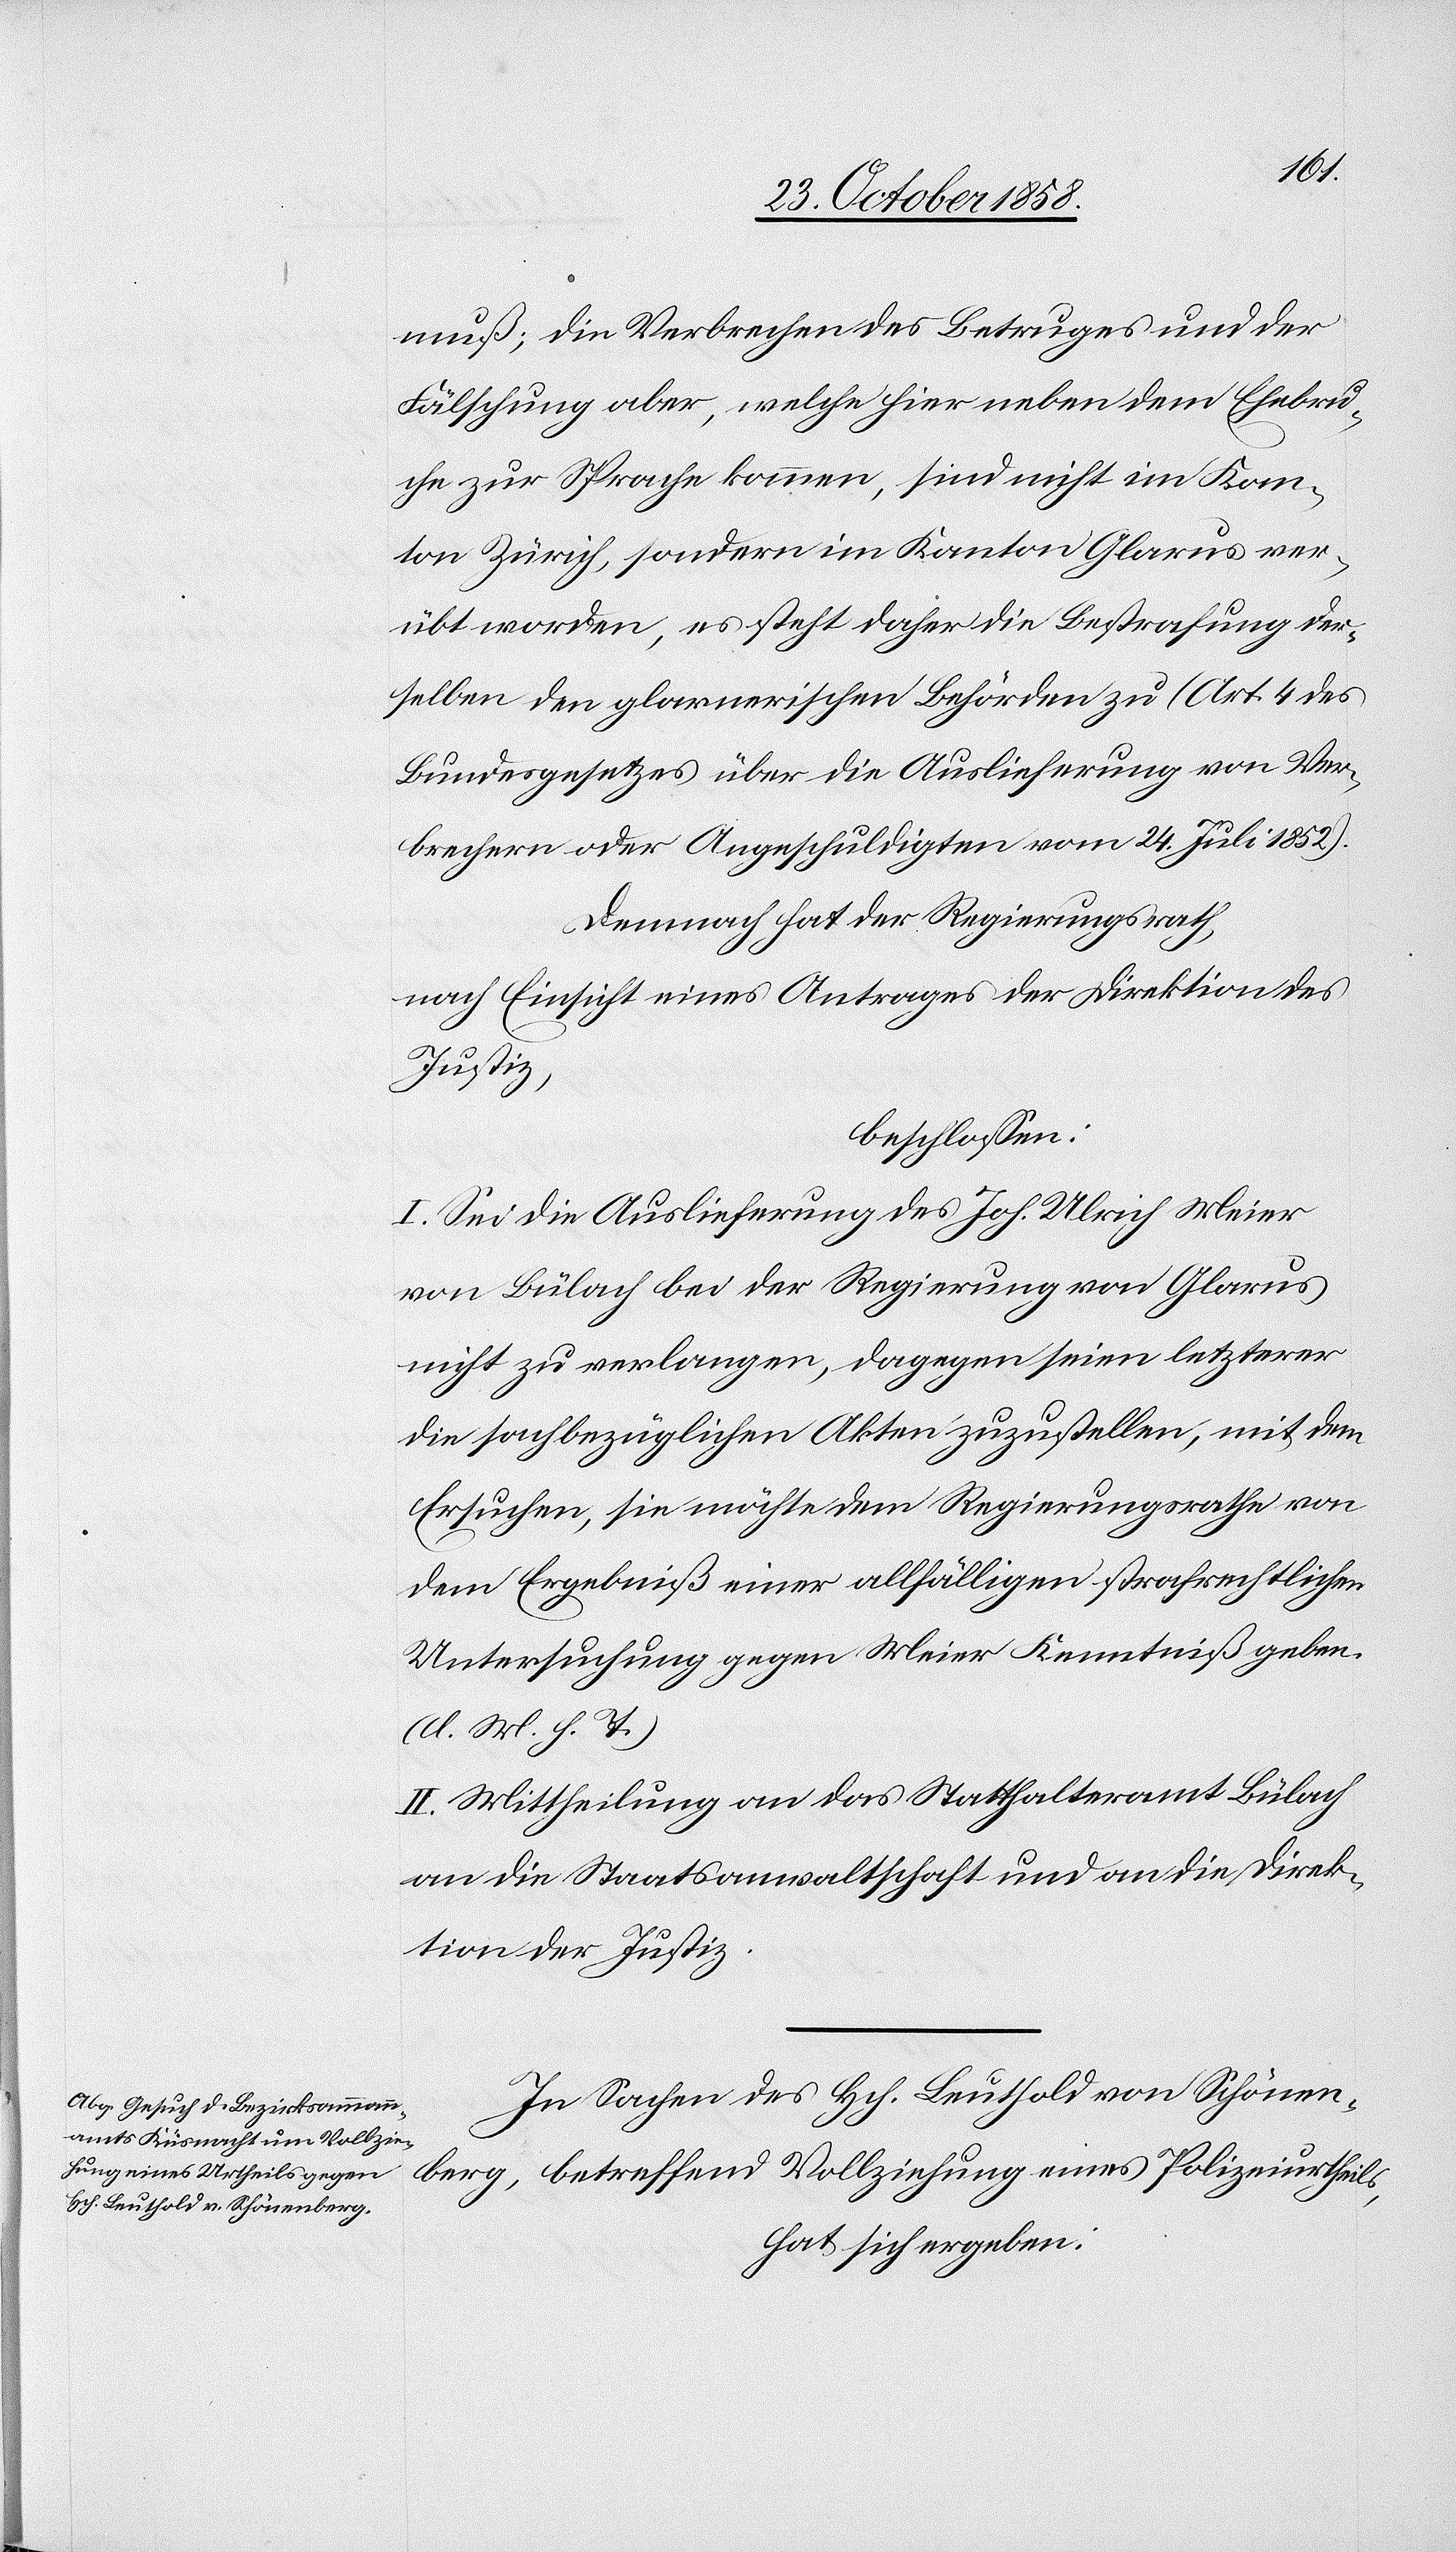
muß; die Verbrechen des Betruges und der
Fälschung aber, welche hier neben dem Ehebru¬
che zur Sprache kommen, sind nicht im Kan¬
ton Zürich, sondern im Kanton Glarus ver¬
übt worden, es steht daher die Bestrafung der¬
selben den glarnerischen Behörden zu (Art. 4 des
Bundesgesetzes über die Auslieferung von Ver¬
brechern oder Angeschuldigten vom 24. Juli 1852).
Demnach hat der Regierungsrath,
nach Einsicht eines Antrages der Direktion des
Justiz,
beschlossen:
I. Sei die Auslieferung des Joh. Ulrich Meier
von Bülach bei der Regierung von Glarus
nicht zu verlangen, dagegen seien letzterer
die sachbezüglichen Akten zuzustellen, mit dem
Ersuchen, sie möchte dem Regierungsrathe von
dem Ergebniß einer allfälligen strafrechtlichen
Untersuchung gegen Meier Kenntniß geben.
(l. M. h. T.)
II. Mittheilung an das Statthalteramt Bülach[,]
an die Staatsanwaltschaft und an die Direk¬
tion der Justiz.
In Sachen des Hch. Leuthold von Schönen¬
berg, betreffend Vollziehung eines Polizeiurtheils,
hat sich ergeben: